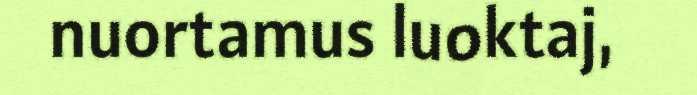
nuortamus luoktaj,